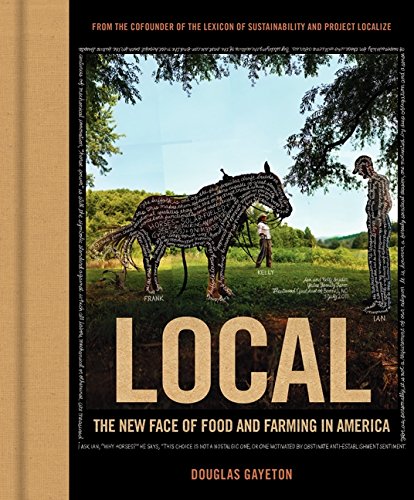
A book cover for Local: The New Face of Food and Farming in America; Douglas Gayeton; Science & Math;